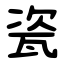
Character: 瓷